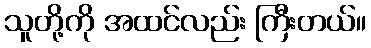
သူတို့ကို အထင်လည်း ကြီးတယ်။